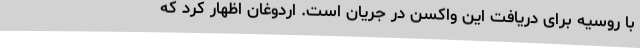
با روسیه برای دریافت این واکسن در جریان است. اردوغان اظهار کرد که